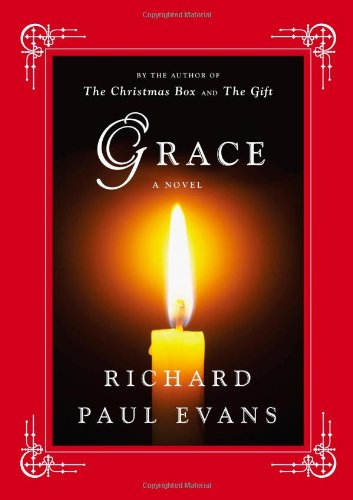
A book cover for Grace: A Novel; Richard Paul Evans; Literature & Fiction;